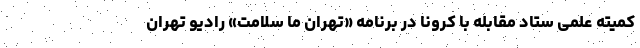
کمیته علمی ستاد مقابله با کرونا در برنامه «تهران ما سلامت» رادیو تهران